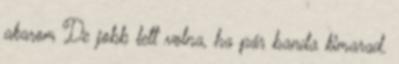
akarom De jobb lett volna, ha pár banda kimarad.